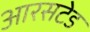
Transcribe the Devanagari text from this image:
आरसटेड